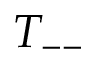
T _ { -- }